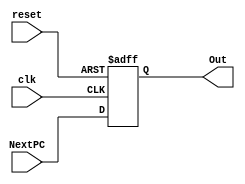
`timescale 1ns / 1ps
//////////////////////////////////////////////////////////////////////////////////
// Company: 
// Engineer: 
// 
// Design Name: 
// Module Name: PC
// Project Name: 
// Target Devices: 
// Tool Versions: 
// Description: 
// 
// Dependencies: 
// 
// Revision:
// Revision 0.01 - File Created
// Additional Comments:
// 
//////////////////////////////////////////////////////////////////////////////////


module PC(
    input [15:0] NextPC,
    input reset,
    input clk,
    output reg [15:0]  Out
    );
    
    always@(posedge clk or negedge reset)
    begin
        if(~reset)
        begin
            Out <= 0;
        end
        else
        begin
            Out <= NextPC;
        end
    end
endmodule